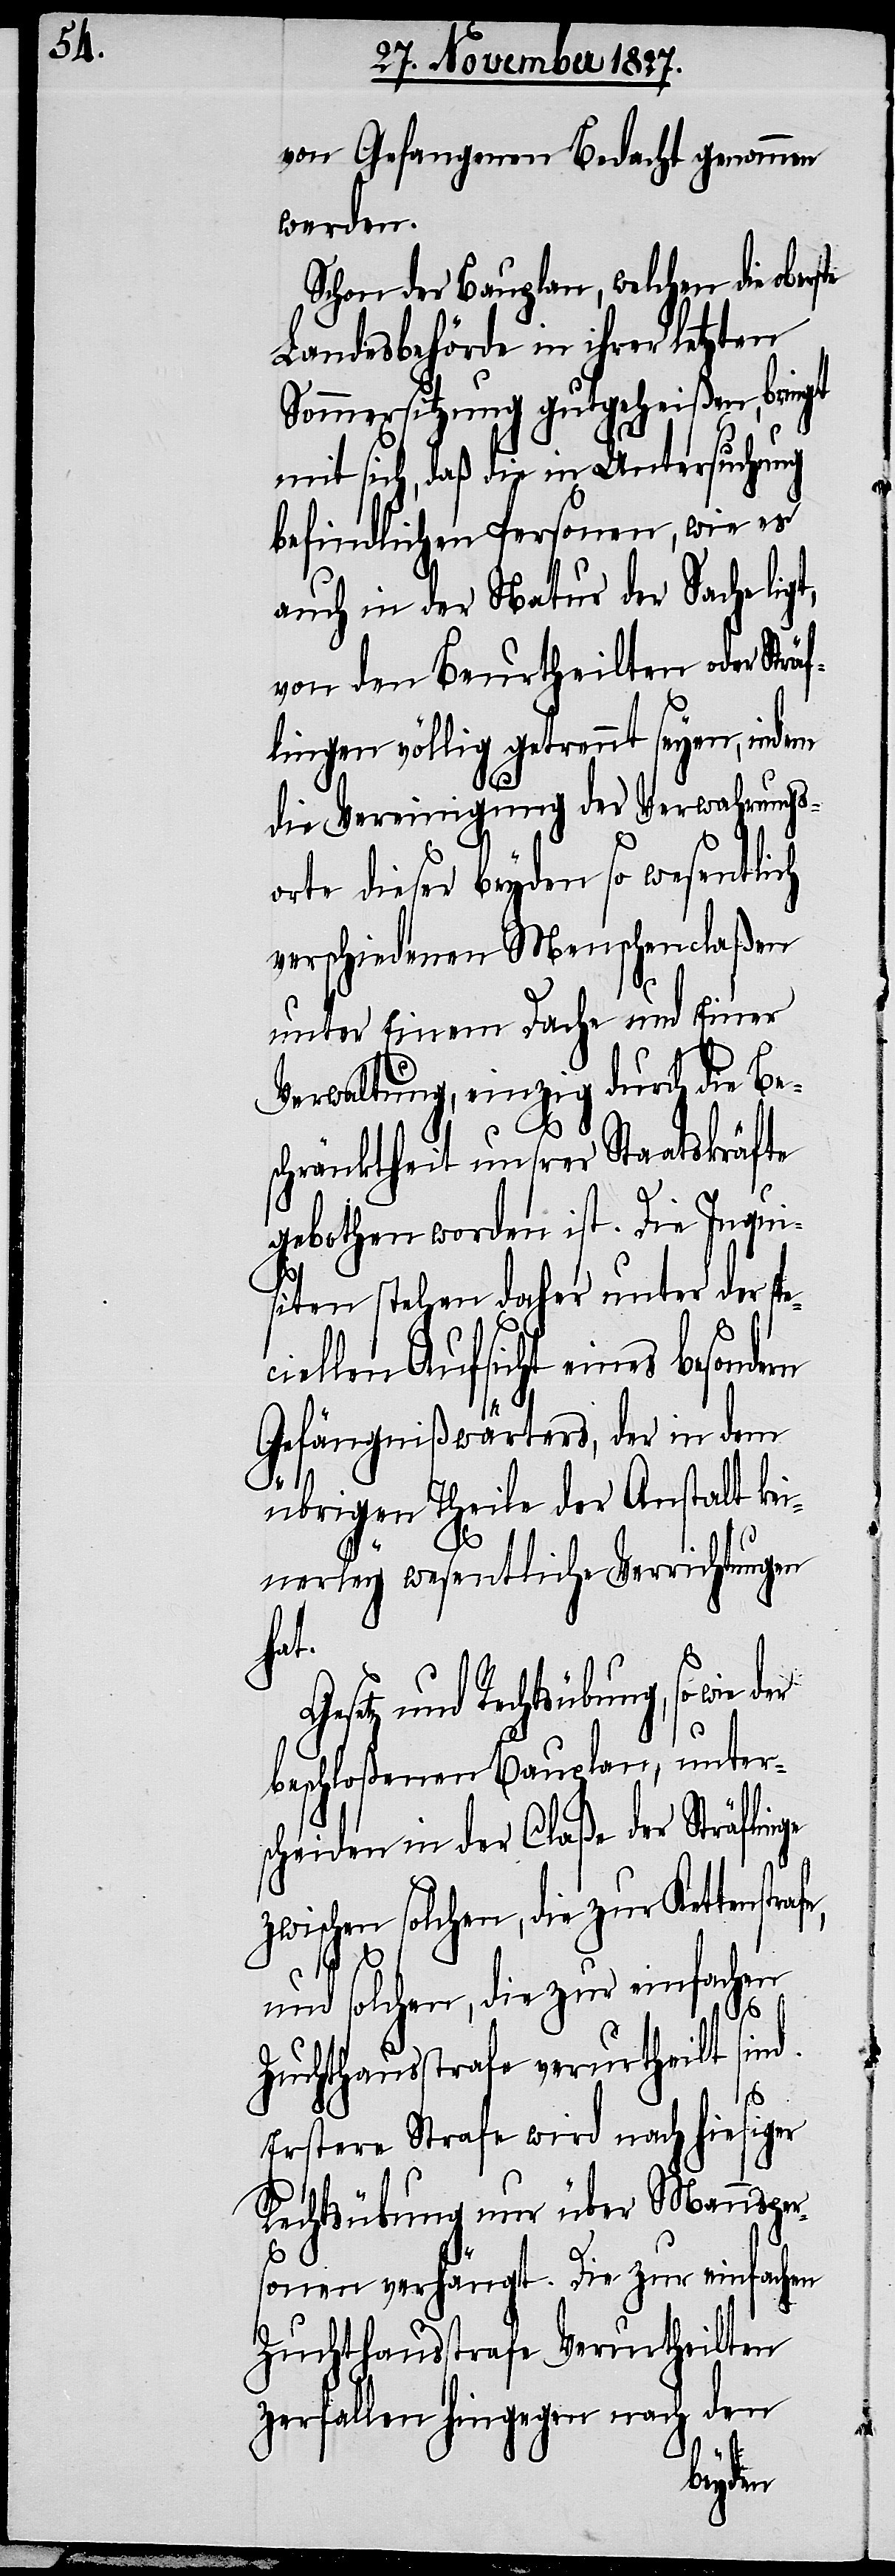
von Gefangenen Bedacht genommen
werden.
Schon der Bauplan, welchen die ober¬
Landesbehörde in ihrer letzten
Sommersitzung gutgeheißen, bringt
mit sich, daß die in Untersuchung
befindlichen Personen, wie es
auch in der Natur der Sache lig¬
von den Beurtheilten oder Sträf¬
lingen völlig getrennt seyen, indem
die Vereinigung der Verwahrungs¬
orte dieser beyden so wesentlich
verschiedenen Menschenclaßen
unter Einem Dache und Einer
Verwaltung, einzig durch die Be¬
schränktheit unsrer Staatskräfte
gebothen worden ist. Die Inqui¬
siten stehen daher unter der spe¬
ellen Aufsicht eines beson¬
Gefängnißwärters, der in dem
übrigen Theile der Anstalt kei¬
nerley wesentliche Verrichtungen
hat.
tz und Rechtsübung, sowie
beschloßenen Bauplan, unter¬
scheiden in der Claße der Sträflinge
zwischen solchen, die zur Kettenstrafe,
ci¬
und solchen, die zur einfachen
Zuchthausstrafe verurtheilt sind.
Erstere Strafe wird nach hiesiger
Rechtsübung nur über Mannsper¬
sonen verhängt. Die zur einfachen
t,
Zuchthausstrafe Verurtheilten
zerfallen hingegen nach den
der